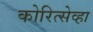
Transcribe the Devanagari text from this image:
कोरित्सेव्हा